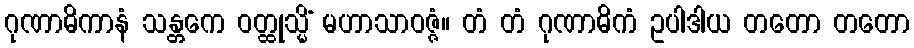
ဂုဏာဓိကာနံ သန္တကေ ဝတ္ထုသ္မိံ မဟာသာဝဇ္ဇံ။ တံ တံ ဂုဏာဓိကံ ဥပါဒါယ တတော တတော